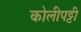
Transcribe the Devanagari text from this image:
कोलीपट्टी